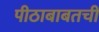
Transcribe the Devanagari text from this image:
पीठाबाबतची